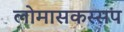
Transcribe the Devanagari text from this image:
लोमासकस्सप